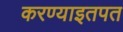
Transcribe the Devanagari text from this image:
करण्याइतपत